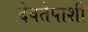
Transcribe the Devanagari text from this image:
देवतेपाशी